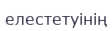
елестетуінің